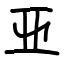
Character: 亚